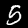
Digit: 5